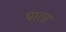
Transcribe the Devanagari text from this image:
पारत